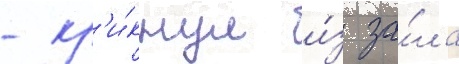
- кр'и́кнул и́з за́ла